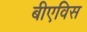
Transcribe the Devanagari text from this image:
बीएविस